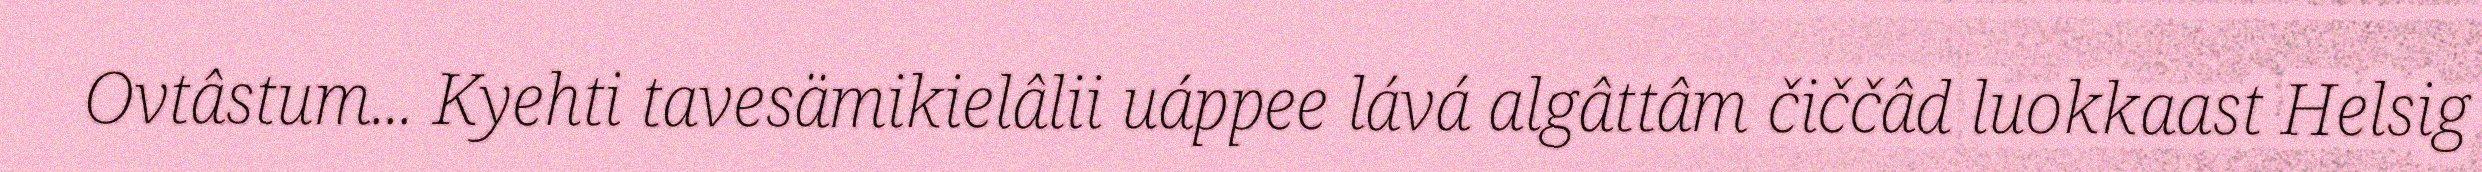
Ovtâstum... Kyehti tavesämikielâlii uáppee lává algâttâm čiččâd luokkaast Helsig